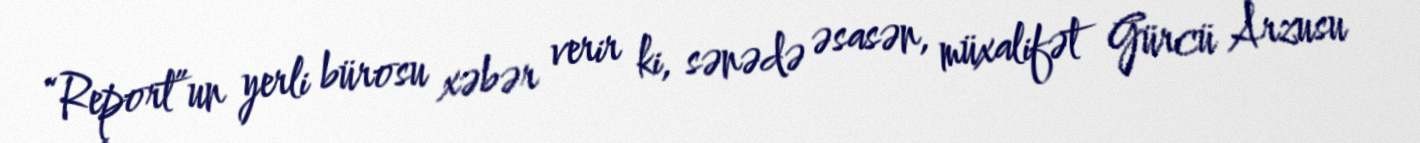
“Report”un yerli bürosu xəbər verir ki, sənədə əsasən, müxalifət Gürcü Arzusu